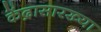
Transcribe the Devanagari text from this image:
केंद्रासारख्या